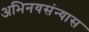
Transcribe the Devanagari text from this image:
अभिनयसंन्यास